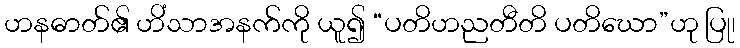
ဟနဓာတ်၏ ဟိံသာအနက်ကို ယူ၍ “ပတိဟညတီတိ ပတိဃော”ဟု ပြု၊